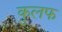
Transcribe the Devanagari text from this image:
कुलफ